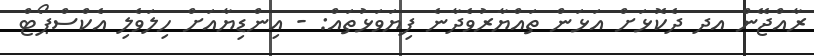
ރާއްޖޭން އދ ދެކޮޅަށް އަޅަން ތައްޔާރުވެދާނެ ފިޔަވަޅުތައް: - އިންޑިޔާއަށް ހިލަވެލި އެކްސްޕޯޓް